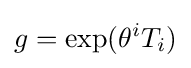
g=\exp(\theta ^{i}T_{i})